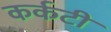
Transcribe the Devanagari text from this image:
कर्कटी